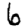
Digit: 6